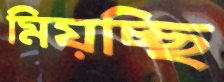
মিয়চ্ছি